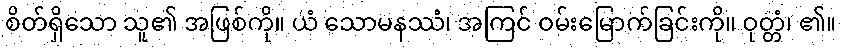
စိတ်ရှိသော သူ၏ အဖြစ်ကို။ ယံ သောမနဿံ၊ အကြင် ဝမ်းမြောက်ခြင်းကို။ ဝုတ္တံ၊ ၏။